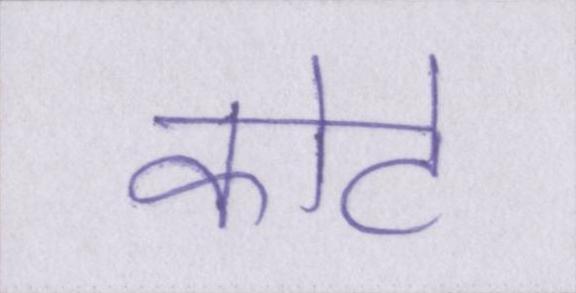
कोटे